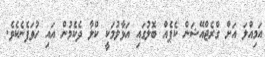
އަމިއްލަ އަށް ގްރެޖްއޭޝަން ކެޕެއް ބޮލުގައި އަޅާލުމަކީ ކްލާ ދެކެމުން އައި ހުވަފެނެކެވެ.